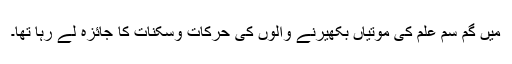
میں گم سم علم کی موتیاں بکھیرنے والوں کی حرکات وسکنات کا جائزہ لے رہا تھا۔